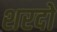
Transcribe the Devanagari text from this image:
शरदो